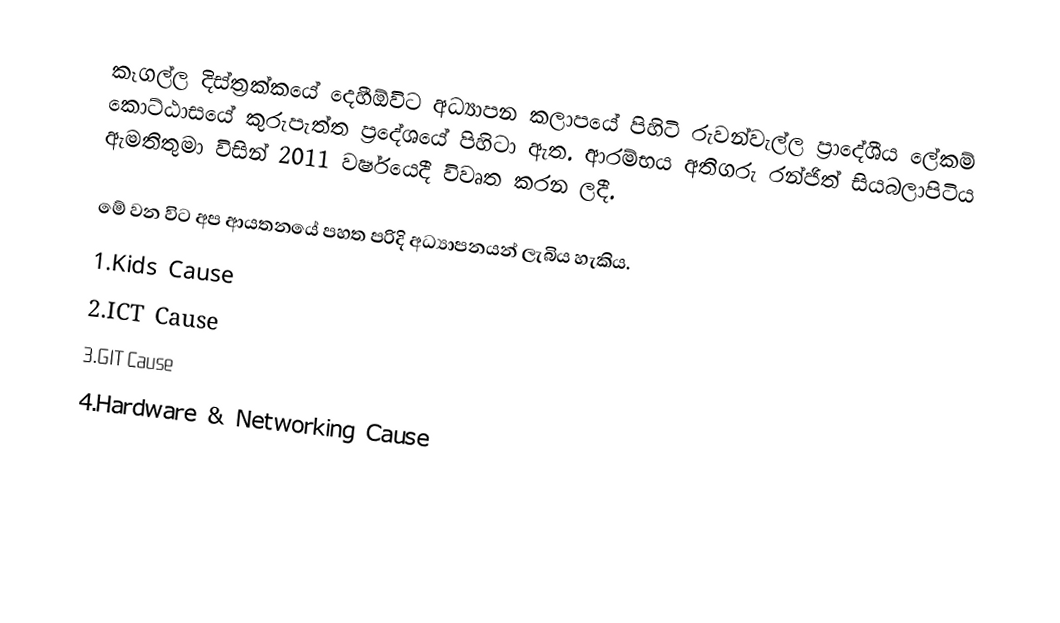
කෑගල්ල දිස්ත්‍රක්කයේ දෙහීඕවිට අධ්‍යාපන කලාපයේ පිහිටි රුවන්වැල්ල ප්‍රාදේශීය ලේකම් කොට්ඨාසයේ කුරුපැත්ත ප්‍රදේශයේ පිහිටා ඇත. ආරම්භය අතිගරු රන්ජිත් සියබලාපිටිය ඇමතිතුමා විසින් 2011 වර්ෂයෙදී විවෘත කරන ලදී.

මේ වන විට අප ආයතනයේ පහත පරිදි අධ්‍යාපනයන් ලැබිය හැකිය.
               1.Kids Cause
               2.ICT Cause
               3.GIT Cause
               4.Hardware & Networking Cause